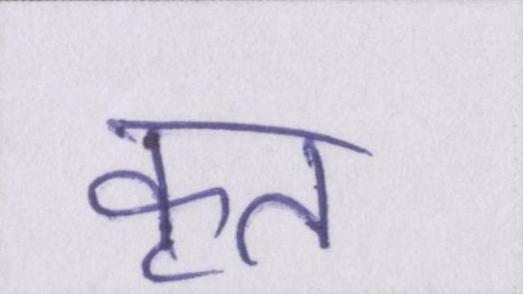
कृत